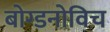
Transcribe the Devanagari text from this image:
बोग्डनोविच